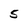
Character: 5